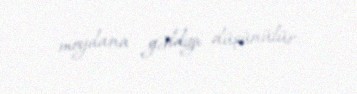
meydana gəldiyi düşünülür.